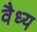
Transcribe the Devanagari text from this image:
वैध्य